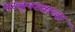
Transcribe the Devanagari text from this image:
पख्तूनख्वाच्या